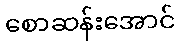
စောဆန်းအောင်